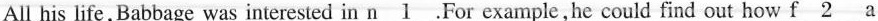
All his life, Babbage was interested in \underline{n 1 }. For example, he could find out how \underline{f 2 } a